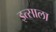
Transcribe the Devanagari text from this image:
इत्साला